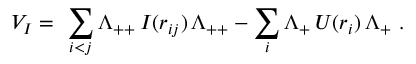
V _ { I } = \ \sum _ { i < j } \Lambda _ { + + } \, I ( r _ { i j } ) \, \Lambda _ { + + } - \sum _ { i } \Lambda _ { + } \, U ( r _ { i } ) \, \Lambda _ { + } \ .